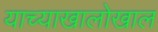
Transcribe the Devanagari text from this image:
याच्याखालोखाल